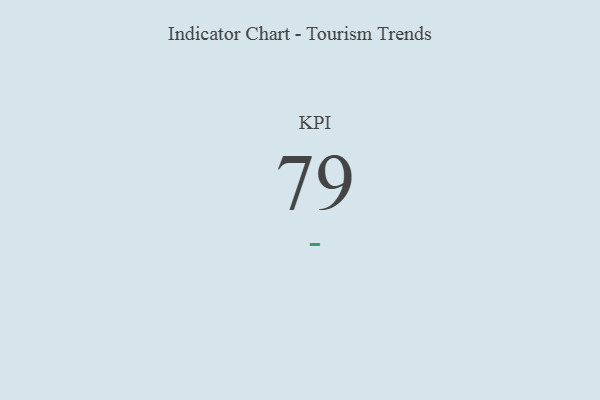
{"axis": {"x": "KPI", "y": "Value"}, "legend": [""], "data": [{"x": "KPI", "y": 79, "type": ""}]}